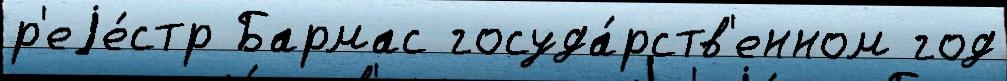
р'еjе́стр Бармас госуда́рств'енном год